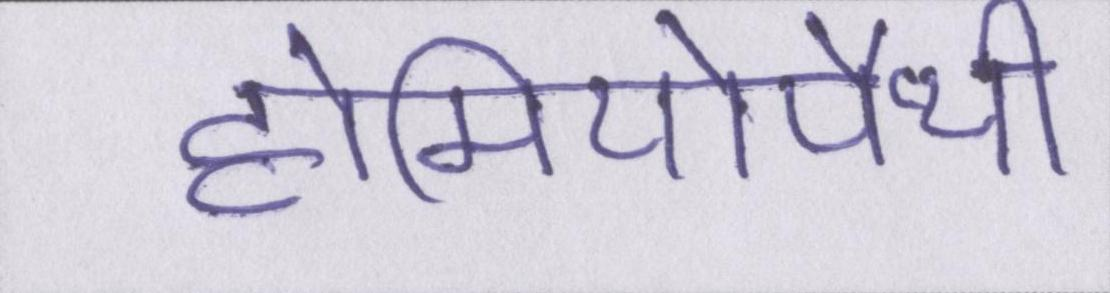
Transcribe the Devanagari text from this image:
होमियोपैथी